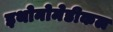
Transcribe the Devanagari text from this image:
इथोनोमेडीकल